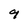
Character: 9